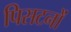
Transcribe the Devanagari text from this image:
पिसटनों